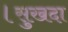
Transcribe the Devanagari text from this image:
।सुखदा